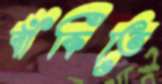
বাঁকিতে